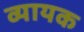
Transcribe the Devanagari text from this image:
व्यायक